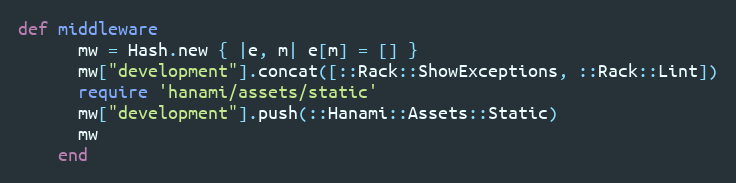
Language: Ruby
def middleware
      mw = Hash.new { |e, m| e[m] = [] }
      mw["development"].concat([::Rack::ShowExceptions, ::Rack::Lint])
      require 'hanami/assets/static'
      mw["development"].push(::Hanami::Assets::Static)
      mw
    end